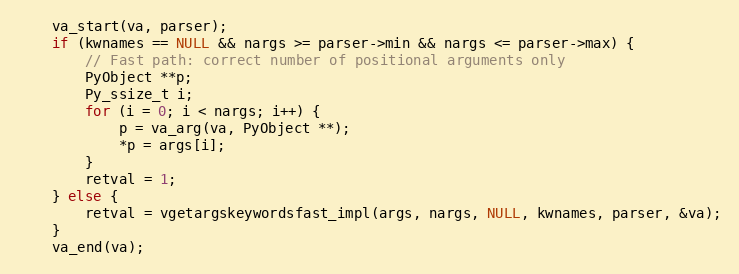
Language: C
    va_start(va, parser);
    if (kwnames == NULL && nargs >= parser->min && nargs <= parser->max) {
        // Fast path: correct number of positional arguments only
        PyObject **p;
        Py_ssize_t i;
        for (i = 0; i < nargs; i++) {
            p = va_arg(va, PyObject **);
            *p = args[i];
        }
        retval = 1;
    } else {
        retval = vgetargskeywordsfast_impl(args, nargs, NULL, kwnames, parser, &va);
    }
    va_end(va);